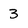
Character: 3